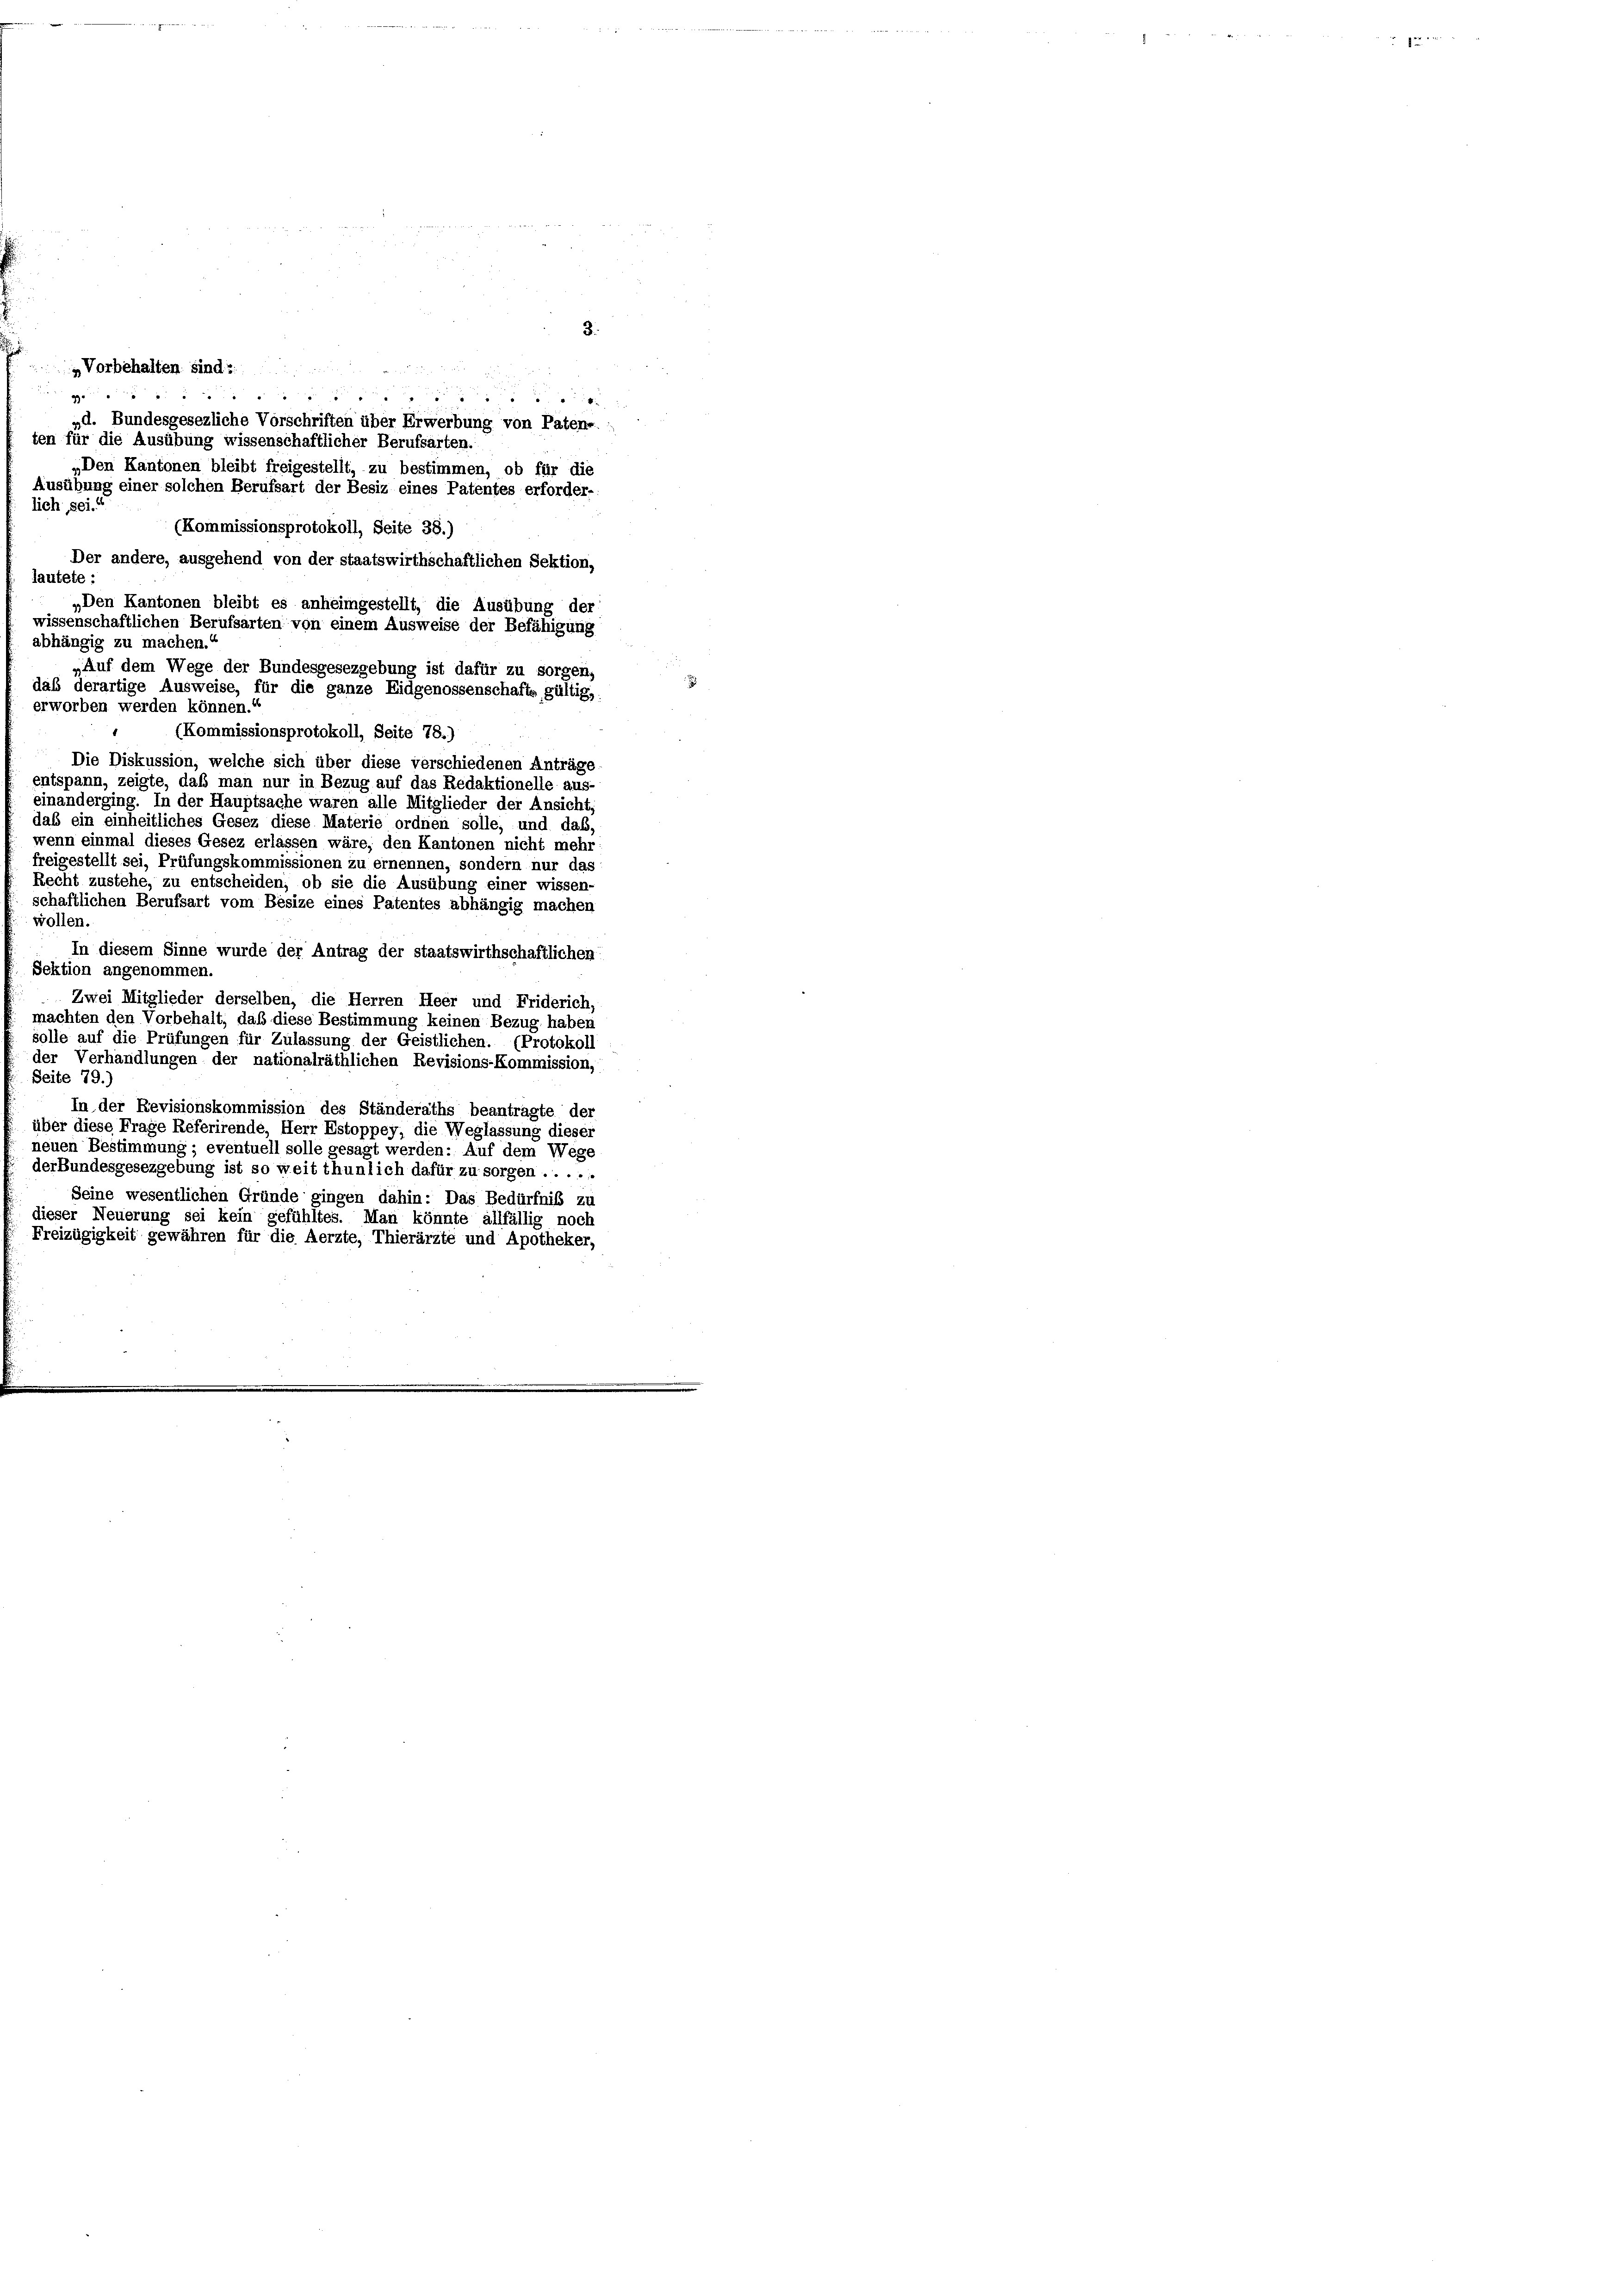
3.
Vorbehalten. Sind z

„d. Bundesgesezliche Vorschriften über Erwerbung von Paten«.
ten für die Ausübung wissenschaftlicher Berufsarten.
„Den Kantonen bleibt freigestellt, zu bestimmen, ob für die
Ausübung einer solchen Berufsart der Besiz eines Patentes erforder-
lich sei.“
(Kommissionsprotokoll, Seite 38.)
Der andere, ausgehend von der staatswirthschaftlichen Sektion,
lautete:
Den Kantonen bleibt es anheimgestellt, die Ausübung der
wissenschaftlichen Berufsarten von einem Ausweise der Befähigung
abhängig zu machen.
„Auf dem Wege der Bundesgesezgebung ist dafür zu sorgen,
daß derartige Ausweise, für die ganze Eidgenossenschafts gültig,
erworben werden können.
(Kommissionsprotokoll, Seite 78.)
Die Diskussion, welche sich über diese verschiedenen Anträge
entspann, zeigte, daß man nur in Bezug auf das Redaktionelle aus-
einanderging. In der Hauptsache waren alle Mitglieder der Ansicht.
das ein einheitliches Gesez diese Materie ordnen solle, und das,
wenn einmal dieses Gesez erlassen wäre; den Kantonen nicht mehr
freigestellt sei, Prüfungskommissionen zu ernennen, sondern nur das
Recht zustehe, zu entscheiden, ob sie die Ausübung einer wissen-
schaftlichen Berufsart vom Besize eines Patentes abhängig machen
wollen.
In diesem Sinne wurde der Antrag der staatswirthschaftlichen
Sektion angenommen.
Zwei Mitglieder derselben, die Herren Heer und Friderich,
machten den Vorbehalt, daß diese Bestimmung keinen Bezug haben
solle auf die Prüfungen für Zulassung der Geistlichen. (Protokoll
der Verhandlungen der nationalräthlichen Revisions-Kommission,
Seite 79.)
In der Revisionskommission des Ständeraths beantragte der
über diese Frage Referirende, Herr Estoppey, die Weglassung dieser
neuen Bestimmung; eventuell solle gesagt werden: Auf dem Wege
derBundesgesezgebung ist so weit thunlich dafür zu sorgen ......
Seine wesentlichen Gründe gingen dahin: Das Bedürfnis zu
dieser Neuerung sei kein gefühltes. Man könnte allfällig noch
Freizügigkeit gewähren für die Aerzte, Thierärzte und Apotheker,